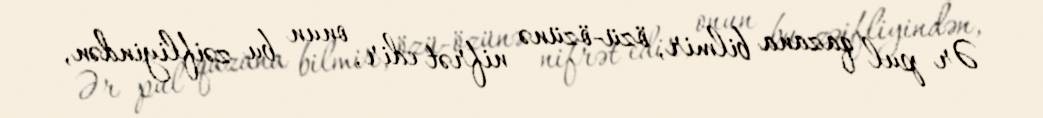
Ər pul qazana bilmir, özü-özünə nifrət edir, onun bu zəifliyindən,